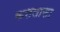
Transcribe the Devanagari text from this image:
कसलासा